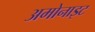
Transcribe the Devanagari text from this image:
अमोनाइट